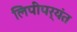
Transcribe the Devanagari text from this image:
लिपीपर्यंत